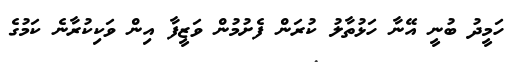
ހަމީދު ބުނީ އޭނާ ހަޅުތާލު ކުރަން ފެށުމުން ވަޒީފާ އިން ވަކިކުރާނެ ކަމުގެ